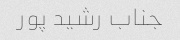
جناب رشید پور